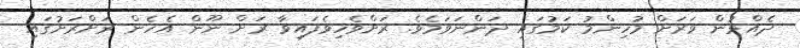
ދެއްވުން ވަރަށް މުހިންމު ކަމުގައި ދަންނަވަމެވެ. ރަށްވެހިވެފައިވާ ރަށް ނޫން އެހެން ރަށްރަށުގައި